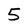
Character: 5